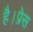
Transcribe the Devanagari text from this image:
है।प्रेस